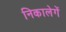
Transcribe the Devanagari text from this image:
निकालेगें